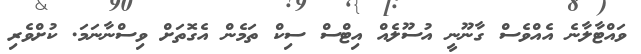
ވައްޓާލާނެ އެއްވެސް ގާނޫނީ އުސޫލެއް އިޓްސް ސިކް ތަމެން އެގޮތަށް ވިސްނާނަމަ. ކުށްވެރި